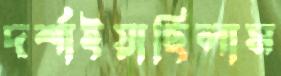
দর্শাইয়াছিলাম